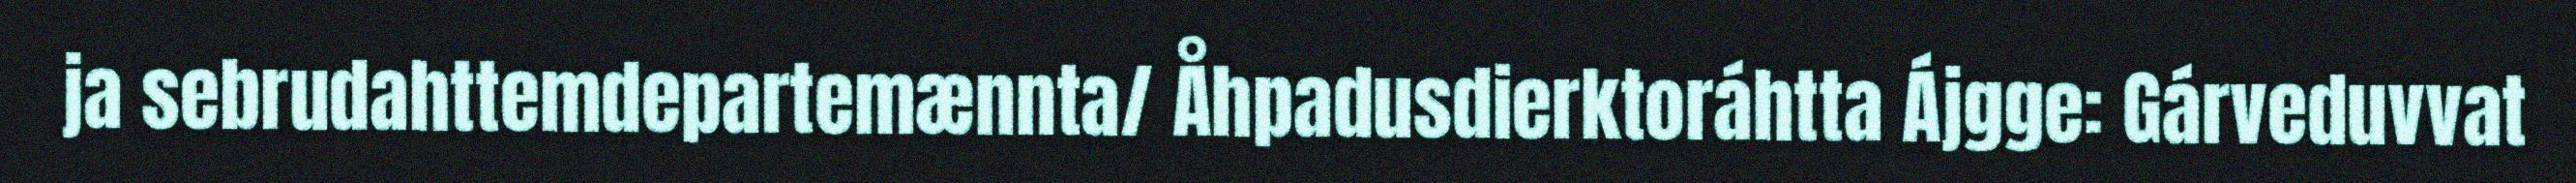
ja sebrudahttemdepartemænnta/ Åhpadusdierktoráhtta Ájgge: Gárveduvvat